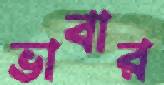
ভাবার